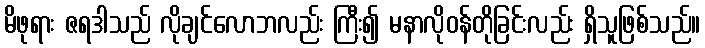
မိဖုရား ဇရဒါသည် လိုချင်လောဘလည်း ကြီး၍ မနာလိုဝန်တိုခြင်းလည်း ရှိသူဖြစ်သည်။